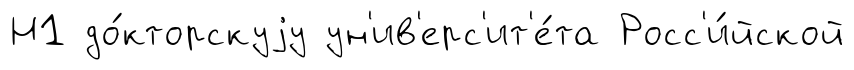
Н1 до́кторскуjу ун'ив'ерс'ит'е́та Росс'и́йской